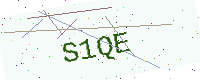
Text: S1QE